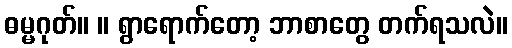
ဓမ္မဂုတ်။ ။ ရွာရောက်တော့ ဘာစာတွေ တက်ရသလဲ။